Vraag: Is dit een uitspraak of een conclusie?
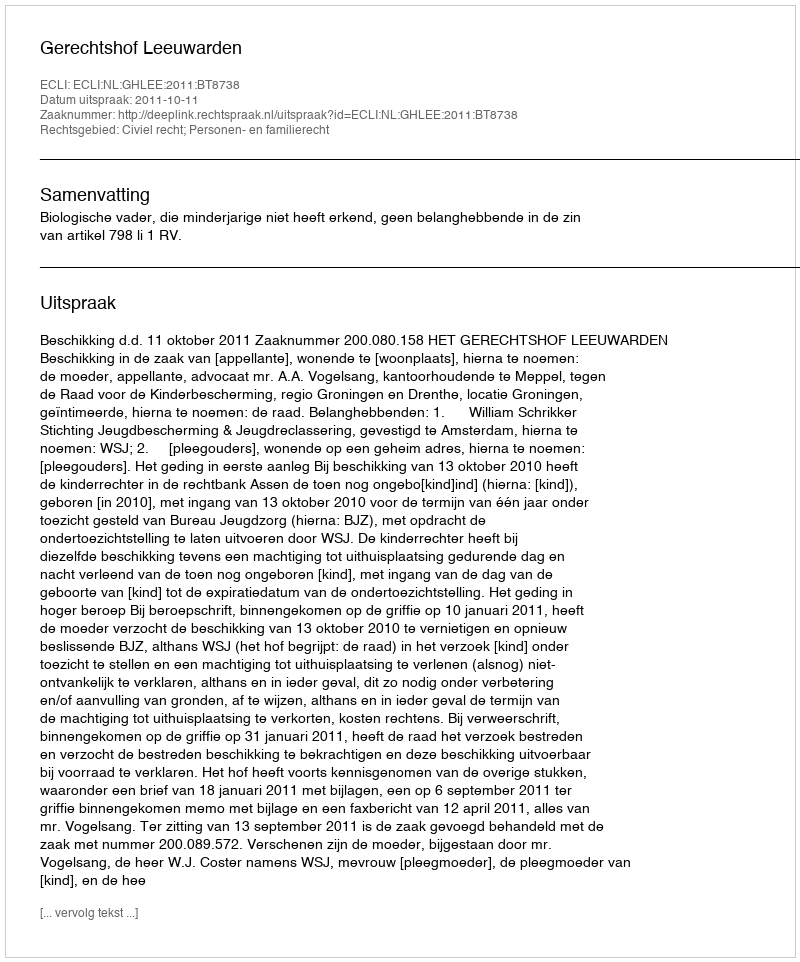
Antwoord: Uitspraak